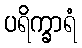
ပရိက္ခာရံ